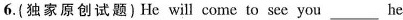
6.(独家原创试题)He will come to see you___he